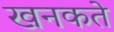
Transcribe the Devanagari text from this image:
खनकते